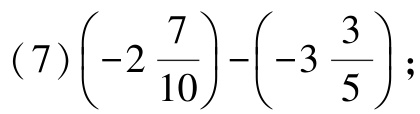
\((7)\left(-2\frac{7}{10}\right)-\left(-3\frac{3}{5}\right);\)